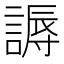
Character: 𬢾